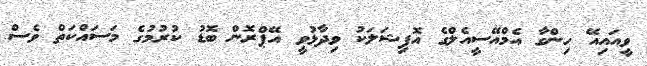
ވީއައިއޭ ހިންގާ އެމްއޭސީއެލްގެ އޮފިޝަލަކު ވިދާޅުވީ އޭޕްރޮން ބޮޑު ކުރުމުގެ މަސައްކަތް ވެސް